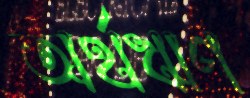
অর্থঋণ